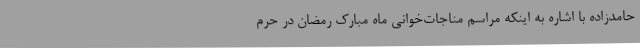
حامدزاده با اشاره به اینکه مراسم مناجات‌خوانی ماه مبارک رمضان در حرم